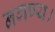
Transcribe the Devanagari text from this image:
नगण्य।